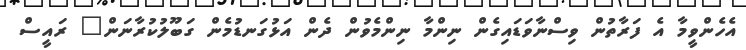
އެހެންވީމާ އެ ފަރާތުން ވިސްނާވަޑައިގެން ނިންމާ ނިންމެވުން ދެން އަޅުގަނޑުމެން ގަބޫލުކުރާނަން" ރައީސް